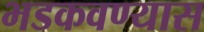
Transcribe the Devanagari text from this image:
भडकवण्यास